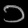
Digit: ၁